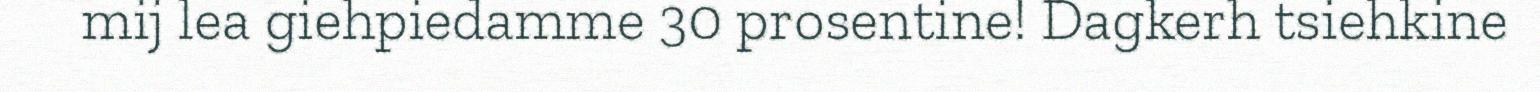
mij lea giehpiedamme 30 prosentine! Dagkerh tsiehkine